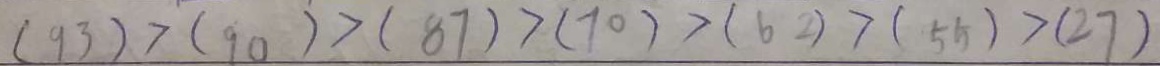
( 9 3 ) > ( 9 0 ) > ( 8 7 ) > ( 7 0 ) > ( 6 2 ) > ( 5 5 ) > ( 2 7 )